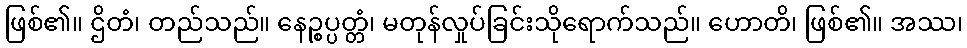
ဖြစ်၏။ ဌိတံ၊ တည်သည်။ နေဉ္စပ္ပတ္တံ၊ မတုန်လှုပ်ခြင်းသိုရောက်သည်။ ဟောတိ၊ ဖြစ်၏။ အဿ၊